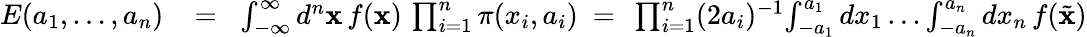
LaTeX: \begin{array}{rlr}{E(a_{1},\dots,a_{n})}&{{}\! =\! }&{\int_{-\infty}^{\infty}d^{n}{\mathbf x}\, f({\mathbf x})\, \prod_{i=1}^{n}\pi(x_{i},a_{i})\ =\ \prod_{i=1}^{n}(2a_{i})^{-1}\! \int_{-a_{1}}^{a_{1}}dx_{1}\dots\int_{-a_{n}}^{a_{n}}dx_{n}\, f(\tilde{\mathbf x})}\end{array}